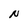
Character: N